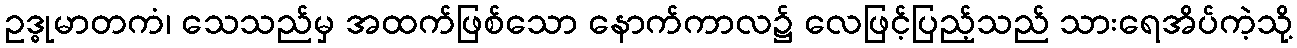
ဥဒ္ဓုမာတကံ၊ သေသည်မှ အထက်ဖြစ်သော နောက်ကာလ၌ လေဖြင့်ပြည့်သည် သားရေအိပ်ကဲ့သို့